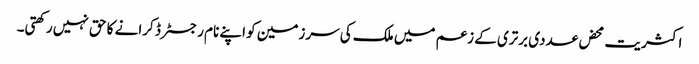
اکثریت محض عددی برتری کے زعم میں ملک کی سرزمین کو اپنے نام رجسٹرڈ کرانے کا حق نہیں رکھتی۔